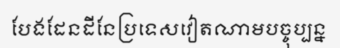
បែងដែនដីនែប្រទេសវៀតណាមបច្ចុប្បន្ន